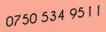
0750 534 9511